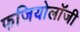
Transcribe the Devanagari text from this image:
फजियोलॉजी